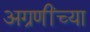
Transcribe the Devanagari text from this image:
अग्रणींच्या